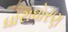
ધારાધોરણ